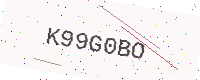
Text: K99G0BO